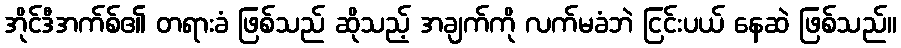
အိုင်ဒီအက်စ်၏ တရားခံ ဖြစ်သည် ဆိုသည့် အချက်ကို လက်မခံဘဲ ငြင်းပယ် နေဆဲ ဖြစ်သည်။